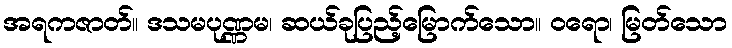
အရကဇာတ်။ ဒသမပုဏ္ဏမ၊ ဆယ်ခုပြည့်မြောက်သော။ ဝရော၊ မြတ်သော